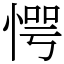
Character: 愕